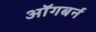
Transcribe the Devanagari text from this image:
ऑगबर्न